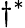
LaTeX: \dagger^{*}